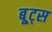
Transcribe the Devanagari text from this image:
बू्ट्स